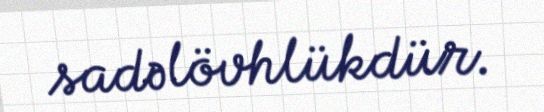
sadəlövhlükdür.